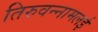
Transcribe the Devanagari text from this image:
तिरुवन्नामलई